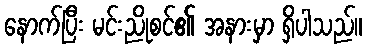
နောက်ပြီး မင်းညိုစင်၏ အနားမှာ ရှိပါသည်။